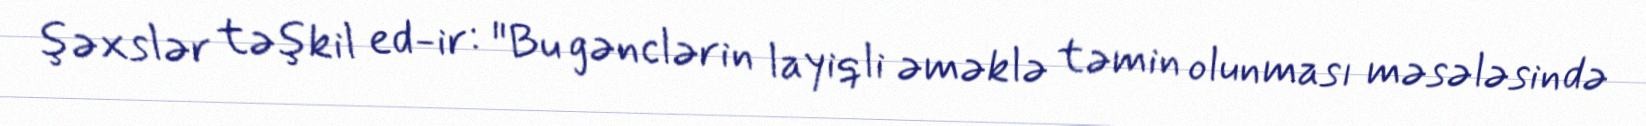
şəxslər təşkil ed­ir: "Bu gənclərin layiqli əməklə təmin olunması məsələsində